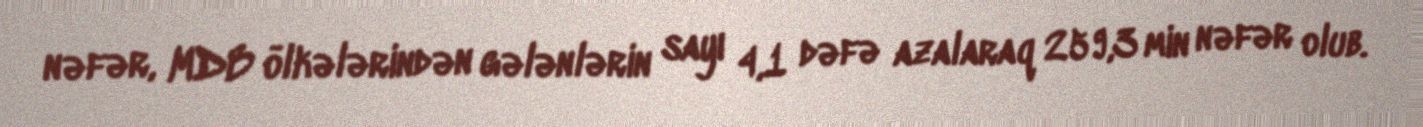
nəfər, MDB ölkələrindən gələnlərin sayı 4,1 dəfə azalaraq 259,3 min nəfər olub.